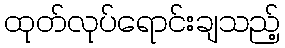
ထုတ်လုပ်ရောင်းချသည့်